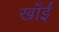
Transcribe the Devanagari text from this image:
खाँईं